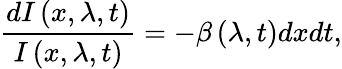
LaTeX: \frac{dI\left(x,\lambda,t\right)}{I\left(x,\lambda,t\right)}=-\beta\left(\lambda,t\right)dxdt,